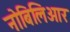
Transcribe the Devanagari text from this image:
नोबिलिओर